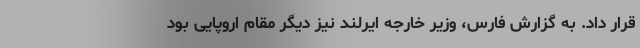
قرار داد. به گزارش فارس، وزیر خارجه ایرلند نیز دیگر مقام اروپایی بود